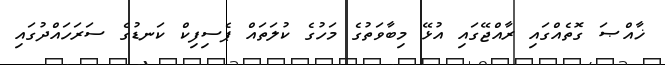
ޚާއްޞަ ގޮތެއްގައި ރާއްޖޭގައި އުޅޭ މިބާވަތުގެ މަހުގެ ކުލަތައް ޕެސިފިކް ކަނޑުގެ ސަރަހައްދުގައި